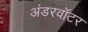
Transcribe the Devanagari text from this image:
अंडरवॉटर